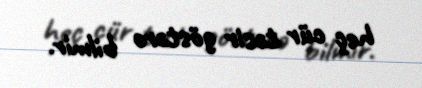
heç cür təsir göstərə bilmir.